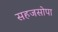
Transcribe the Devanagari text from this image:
सहजसोपा